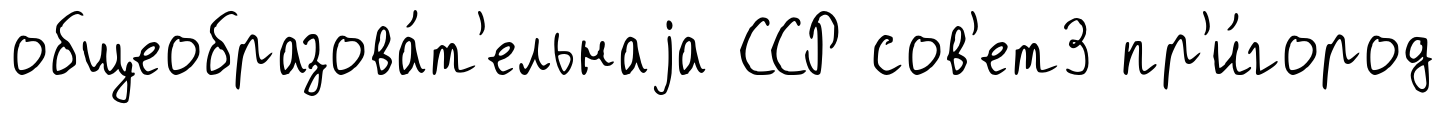
общеобразова́т'ельнаjа ССР сов'ет3 пр'и́город